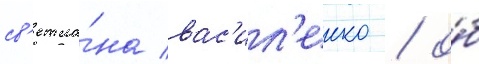
св'етла́на вас'ил'енко / о́б